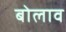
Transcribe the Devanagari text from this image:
बोलाव